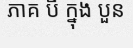
ភាគ បី ក្នុង បួន